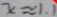
x \approx 1 . 1